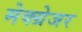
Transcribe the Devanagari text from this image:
मेक्ग्रेजर